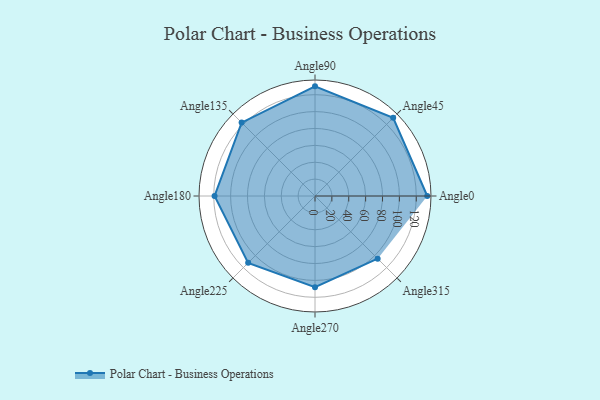
{"axis": {"x": "Angle", "y": "Radius"}, "legend": [""], "data": [{"x": "Angle0", "y": 133.0, "type": ""}, {"x": "Angle45", "y": 131.0, "type": ""}, {"x": "Angle90", "y": 130.0, "type": ""}, {"x": "Angle135", "y": 123.0, "type": ""}, {"x": "Angle180", "y": 119.0, "type": ""}, {"x": "Angle225", "y": 112.0, "type": ""}, {"x": "Angle270", "y": 108.0, "type": ""}, {"x": "Angle315", "y": 105.0, "type": ""}]}